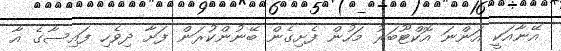
އޭނާއަކީ އަންނަ އޮކްޓޫބަރު މަހުން ފެށިގެން ބޭނުންކުރަން ފަށާ ދިވެހި ފައިސާގެ އާ